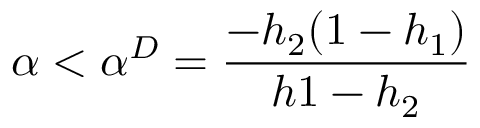
\alpha < \alpha ^ { D } = \frac { - h _ { 2 } ( 1 - h _ { 1 } ) } { h 1 - h _ { 2 } }